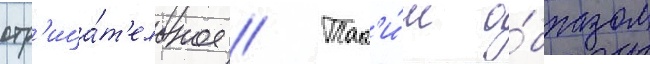
отр'ица́т'ельное // Так'и́м о́бразом